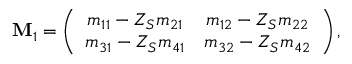
\mathbf M _ { 1 } = \left( \begin{array} { c c } { m _ { 1 1 } - Z _ { S } m _ { 2 1 } } & { m _ { 1 2 } - Z _ { S } m _ { 2 2 } } \\ { m _ { 3 1 } - Z _ { S } m _ { 4 1 } } & { m _ { 3 2 } - Z _ { S } m _ { 4 2 } } \end{array} \right) ,